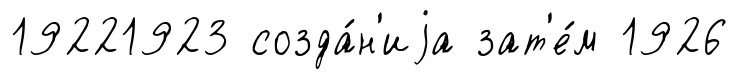
19221923 созда́н'иjа зат'е́м 1926